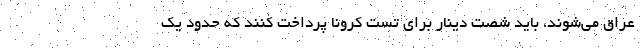
عراق می‌شوند، باید شصت دینار برای تست کرونا پرداخت کنند که حدود یک